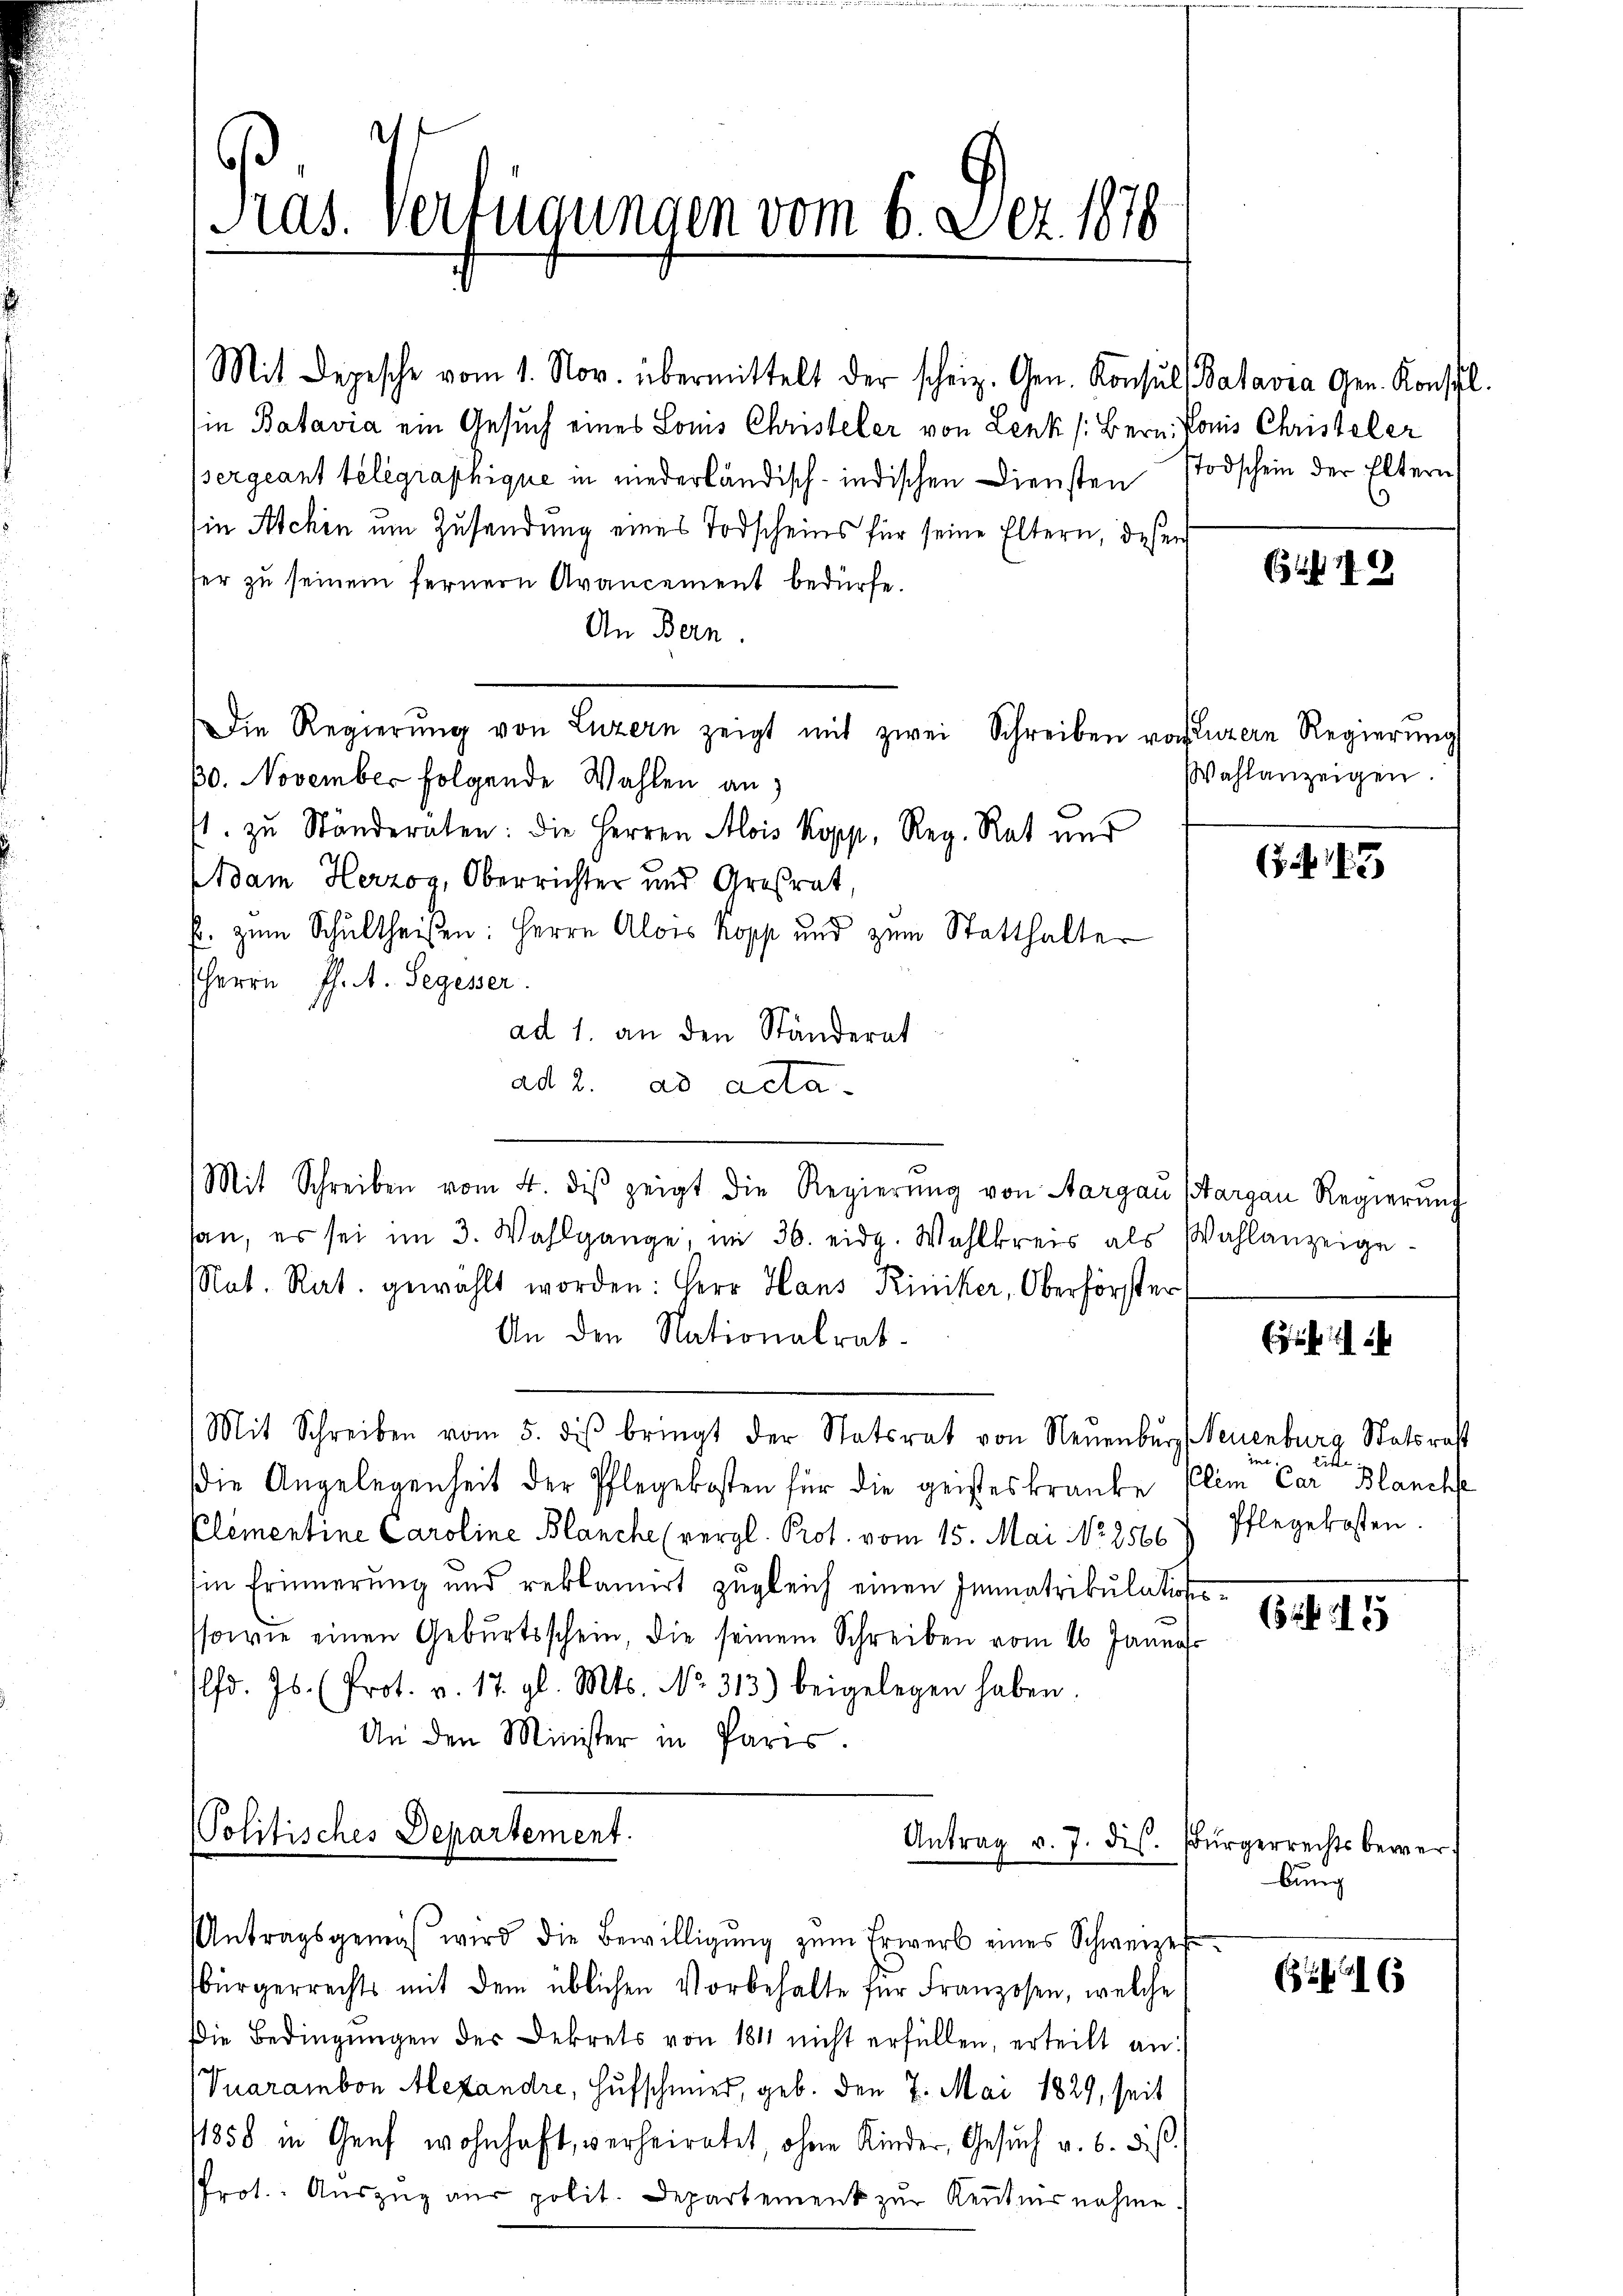
Pras. Verfügungen vom 6. Dez. 1878

Mit Depesche vom 1. Nov. übermittelt der scheiz. Gen. Konsul Batavia Gen. Konsil.
ie Batavia ein Gesuch eines Loms Christeler von Lenk /: Bern. Paris Christoler
Bergeant telegraphique in niederländisch-indischen Diensten Todschein der Eltern
in Aschen um Zusendung eines Todscheins für seine Eltern, deßen
her zŭ seinem fernern Avancement bedürfe.
An Bern
Die Regierŭng von Luzern zeigt mit zwei Schreiben vorluzern Regierung
30. November folgende Wahlen an
4. zu Ständeraten: die Herren Alois Kopp, Reg. Rat und
Adam Herzog, Oberrichter und Großrat,
f. zum Schultheißen: Herrn Alois Kopp und zum Statthalter
HHerrn Ph. A. Segesser
ad 1. an den Ständerat
ad 2. ad acta.
Mit Schreiben vom 4. dβ zeigt die Regierŭng von Sargau Margau Regierung
san, es sei im 3. Wahlgange, im 36. eidg. Wahlkreis als Wahlanzeige¬
Not. Rat. gewählt worden: Herr Hans Kiniker, Oberförster
An den Nationalrat.
Mit Schreiben vom 5. dβ bringt der Statsrat von Neuenburg, Neuenburg Statsrat
die Angelegenheit der Pflegekosten für die geisteskranke Climo Car Blanche
Elementine Caroline Blanche (vergl. Prot. vom 15. Mai No 25667 Pflegekosten.
Ein Erinnerung und reklamiert zŭgleich einen Immatrikulation.
ssowie einen Geburtsschein, die seinem Schreiben vom 16. Januar
Pfd. Js. (Prot. v. 17. gl. Mts. No. 313.) beigelegen haben.
An den Minister in Paris.
Politisches Departement.
Antrag v. 7. dis. Bürgerrechtsbewer

Antragsgemäß wird die Bewilligŭng zŭm Erwerb eines Schweizer-

bürgerrechts mit dem üblichen Vorbehalte für Franzosen, welche
Die Bedingungen der Dekrets von 1811 nicht erfüllen, erteilt an:
Vuarambon Alexandre, Hufschmied, geb. Den 7. Mai 1829, seit
11858 in Genf wohnhaft, verheiratet, ohne Kinder, Gesŭch v. 6. dies
PProt. Aŭszŭg aŭs polit. Departement zŭr Keṅtnisnahme

Wahlanzeigen.

(145

itte

614 15

bung

6